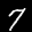
Label: 7